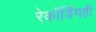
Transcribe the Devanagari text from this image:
रेकॉर्डिंगही